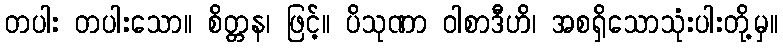
တပါး တပါးသော။ စိတ္တန၊ ဖြင့်။ ပိသုဏာ ဝါစာဒီဟိ၊ အစရှိသောသုံးပါးတို့မှ။